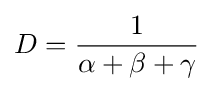
D={\frac {1}{\alpha +\beta +\gamma }}